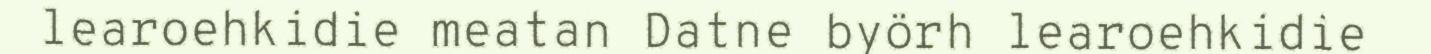
learoehkidie meatan Datne byörh learoehkidie